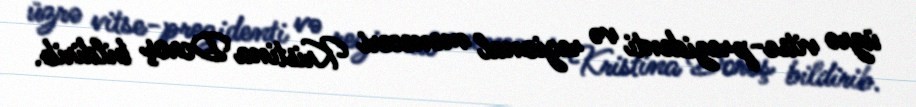
üzrə vitse-prezidenti və regional meneceri Kristina Doroş bildirib.